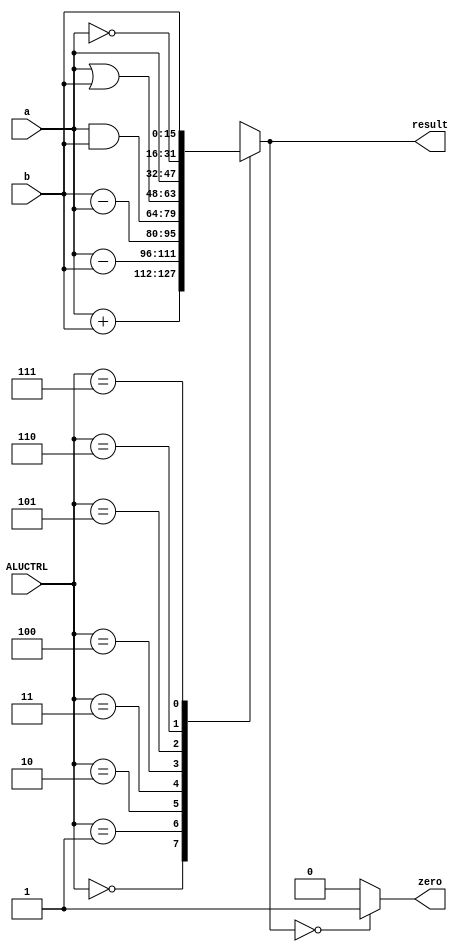

module ALU(    
      		input [15:0] a,
      		input [15:0] b,
      		input [2:0] ALUCTRL,
      		output reg [15:0] result,
      		output reg zero
   	); 
   	
   	//000: a + b
   	//001: a - b
 	  //010: b - a
   	//011: a & b
   	//100: a | b
   	//101: a
   	//110: ~a
   	//111: b
   	
	always @ (*) 
	begin
	   case (ALUCTRL)
      3'b000: result = a + b;
      3'b001: result = a - b;
      3'b010: result = b - a;
      3'b011: result = a & b;
      3'b100: result = a | b;
      3'b101: result = a;
      3'b110: result = ~a;
      3'b111: result = b;
    endcase
    if(result == 0)
      zero = 1;
    else
      zero = 0;
	end


endmodule